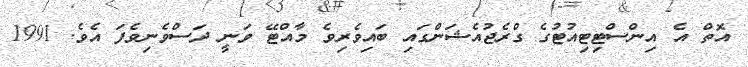
އޮތް އެ އިންސްޓިޓިއުޓުގެ ގްރެޖުއެޝަންގައި ބައިވެރިވެ މާއްޓޭ ވަނީ ދަސްވެނިވެފަ އެވެ. 1991